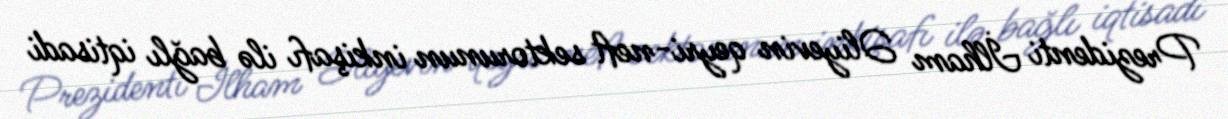
Prezidenti İlham Əliyevin qeyri-neft sektorunun inkişafı ilə bağlı iqtisadi